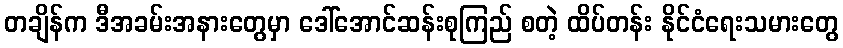
တချိန်က ဒီအခမ်းအနားတွေမှာ ဒေါ်အောင်ဆန်းစုကြည် စတဲ့ ထိပ်တန်း နိုင်ငံရေးသမားတွေ